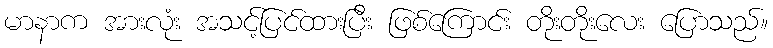
မာနာက အားလုံး အသင့်ပြင်ထားပြီး ဖြစ်ကြောင်း တိုးတိုးလေး ပြောသည်။